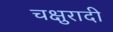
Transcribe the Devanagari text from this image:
चक्षुरादी